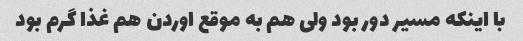
با اینکه مسیر دور بود ولی هم به موقع اوردن هم غذا گرم بود